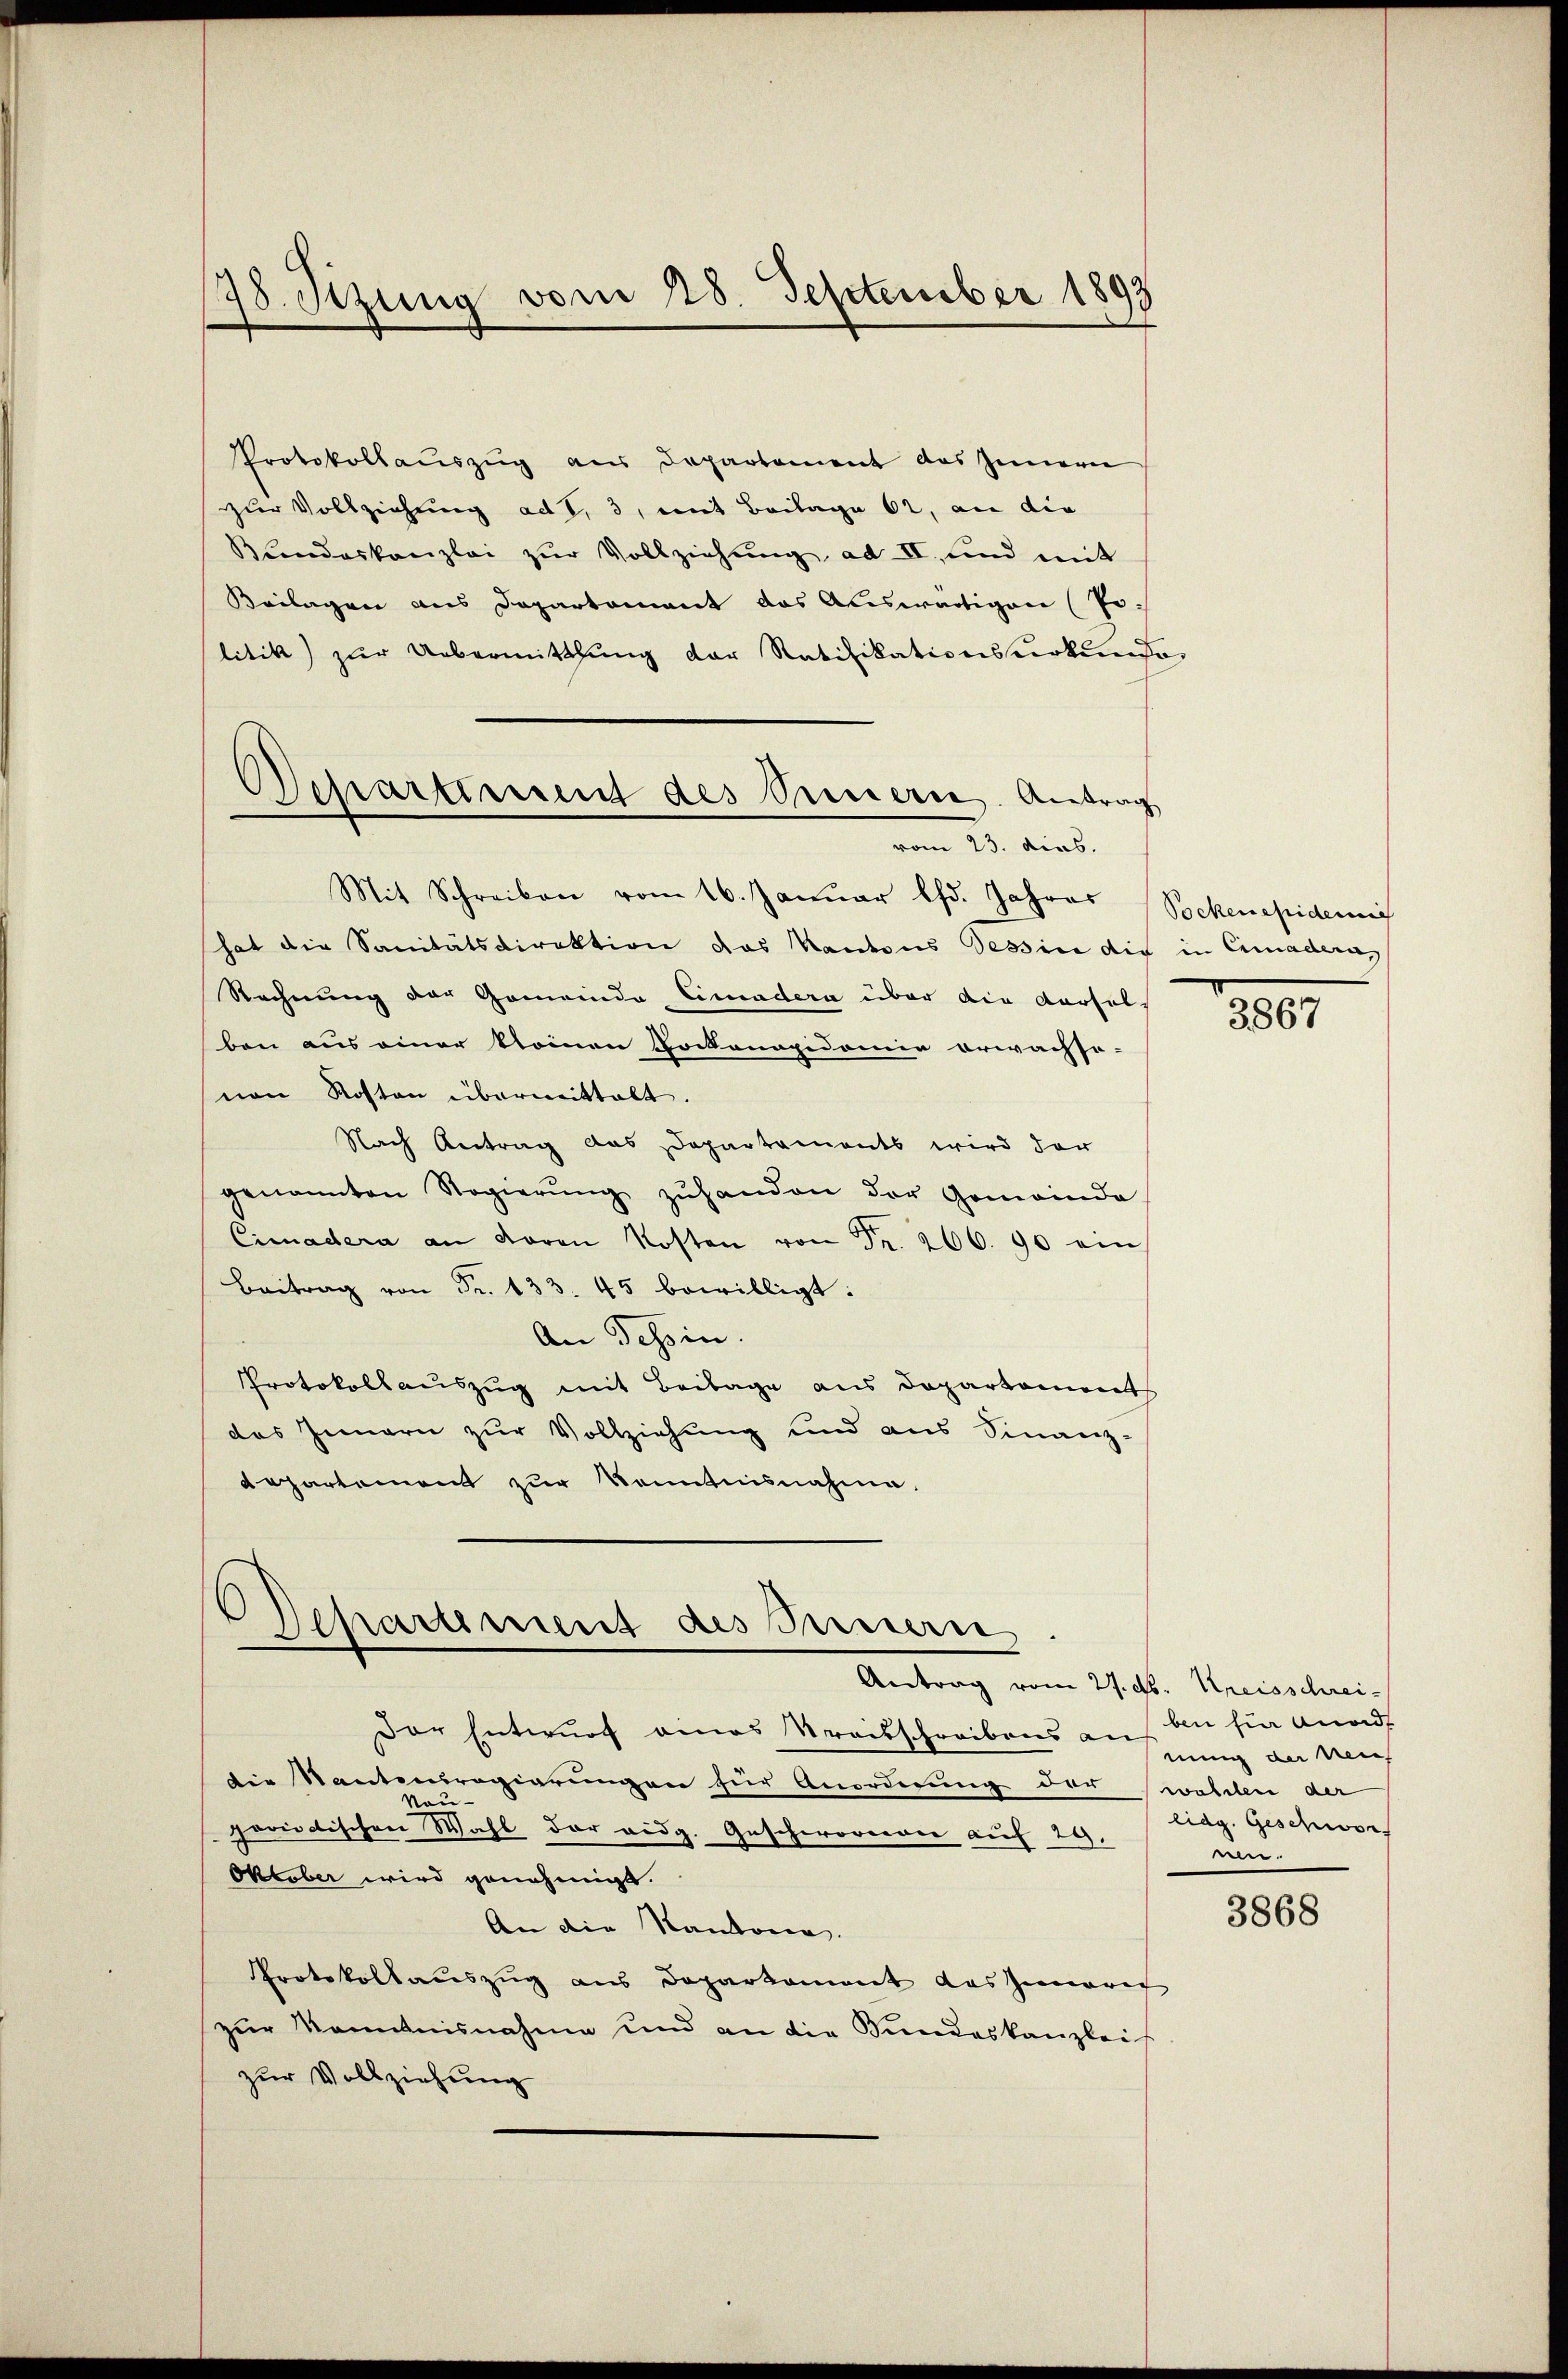
78. Sizung vom 28. September 1893

Protokollaŭszŭg aus Departement das Innern
zur Vollziehung ad 1, 3, mit Beilage 62, an die
Bŭndeskanzlei zŭr Vollziehŭng ad II. und mit
Beilagen aus Departament das Auswärtigen (Jelitik zur Uebermittlung der Ratifikationsurkunde
Mit Schreiben vom 16. Januar lfd. Jahres (Sockenepidemi
hat die Sanitätsdirektion das Kantons Tessin die in Cimadera
Rechnung der Gemeinde Eimadera über die dersel
ben aus einer kleinen Sockenopidomie erwachse-
non Roston übermittalt.
Nach Antrag das Departaments wird dar
genannten Regierŭng zŭhanden der Gemeinde
Cimadera an davon Kosten von Fr. 266. 90 ein
Beitrag von Fr. 133. 45 bewilligt:
An Tessin.
Protokollauszug mit Beilage aus Departements
das Innern zur Vollziehung und aus Finanz-
Repartement zur Kenntnisnahme.

Separtement des Innern. Antrag
vom 23. dies.

Departement des Innern

Der Entwurf eines Streibschreibens auf an sie anord
Die Nantenregierungen für Anordnung der wollen der
Nauperiodischen Wahl der eidg. Geschworenen auf 29,
Oktober wird genehmigt.
An die Kantone.
Protokollauszug aus Doparkoment das hienerer
zur Kenntnisnahme und an die Sŭndeskanzleis
zur Vollziehung

3867

Antrag vom 27. d. Kreisschreinung der Weis
liag. Geschwor
e.

3868